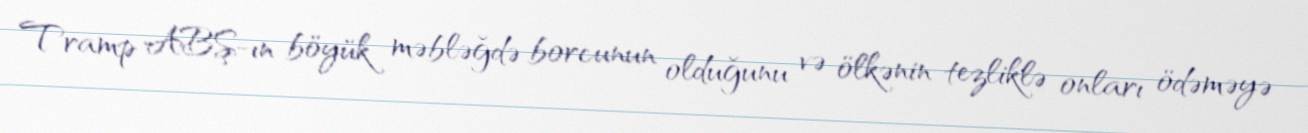
Tramp ABŞ-ın böyük məbləğdə borcunun olduğunu və ölkənin tezliklə onları ödəməyə